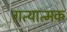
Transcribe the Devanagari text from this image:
गत्‍यात्‍मक